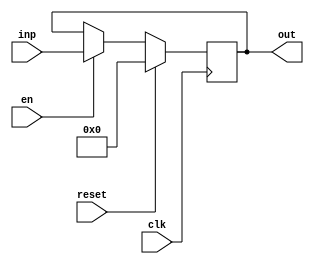
module registerNbits #(
    parameter N = 32
) (
    clk,
    reset,
    en,
    inp,
    out
);
  input clk, reset, en;
  output reg [N-1:0] out;
  input [N-1:0] inp;
  always @(posedge clk) begin
    if (reset) out = 0;
    else if (en) out = inp;
  end
endmodule

module controller #(
    parameter N = 32
) (
    input clk,
    input reset,
    input [N-1:0] inputQ_wire,
    input [N-1:0] inputM_wire,
    input Mbit,
    input Qbit,
    input input_plus,
    output reg [2*N-1:0] out
);

  parameter Na = 32;
  parameter idle = 3'b000;
  parameter init = 3'b001;
  parameter test = 3'b010;
  parameter add = 3'b011;
  parameter shift = 3'b100;

  reg lsb_reg;
  reg [2:0] state;
  reg [N-1:0] Acc;
  reg [N-1:0] add_output;
  reg c_output;
  reg [N-1:0] inputQ_reg;
  reg [N-1:0] inputM_reg;
  reg start;
  integer count;
  reg [2*N-1:0] out_inv;
  reg [2*N-1:0] out_inv22;
  reg c_out_inv;

  always @(posedge clk)
    if (reset) begin
      state = 3'b000;
      count = 0;
      start = 1'b1;
      Acc = 0;
      out = 0;
      add_output = 0;
      c_output = 0;
    end else
      case (state)
        idle: begin
          inputQ_reg = inputQ_wire;
          inputM_reg = inputM_wire;
          if (start) begin
            state = init;
          end else begin
            state = idle;
          end
        end
        init: begin
          if (count < Na) begin
            count   = count + 1;
            state   = test;
            lsb_reg = inputQ_reg[0];
          end else begin
            count = 0;
            state = idle;
            start = 1'b0;
            out_inv = ~{Acc, inputQ_reg};
            {c_out_inv, out_inv22} = out_inv + input_plus;
            out = (Mbit ^ Qbit) ? out_inv22 : {Acc, inputQ_reg};
          end
        end
        test: begin
          if (lsb_reg) begin
            state = add;
          end else state = shift;
        end
        add: begin
          state = shift;
          {c_output, add_output} = inputM_wire + Acc;
        end
        shift: begin
          inputQ_reg = (lsb_reg) ? {add_output[0], inputQ_reg[N-1:1]} : {Acc[0], inputQ_reg[N-1:1]};
          Acc = (lsb_reg) ? {c_output, add_output[N-1:1]} : {1'b0, Acc[N-1:1]};
          state = init;
        end
      endcase
endmodule


module multiplier #(
    parameter N = 32
) (
    input clk,
    input reset,
    input en,
    input [N-1:0] inputM,
    input [N-1:0] inputQ,
    input input_plus,
    output [2*N-1:0] out
);

  wire [N-1:0] inputM_wire;
  wire [N-1:0] inputQ_wire;
  wire [N-1:0] inputM_wire_out;
  wire [N-1:0] inputQ_wire_out;
  wire [N-1:0] inputM_inv;
  wire [N-1:0] inputQ_inv;
  wire [N-1:0] inputM_inv22;
  wire c_out_Minv;
  wire c_out_Qinv;
  wire [N-1:0] inputQ_inv22;
  wire [2*N-1:0] preout;

  assign inputM_inv = ~inputM;
  assign inputQ_inv = ~inputQ;
  assign inputM_inv22 = inputM_inv + input_plus;
  assign inputQ_inv22 = inputQ_inv + input_plus;


  assign {c_out_Minv, inputM_wire} = (inputM[N-1]) ? inputM_inv22 : inputM;
  assign {c_out_Qinv, inputQ_wire} = (inputQ[N-1]) ? inputQ_inv22 : inputQ;

  registerNbits #(32) reg1 (
      .clk(clk),
      .reset(reset),
      .en(en),
      .inp(inputM_wire),
      .out(inputM_wire_out)
  );

registerNbits #(32) reg2 (
      .clk(clk),
      .reset(reset),
      .en(en),
      .inp(inputQ_wire),
      .out(inputQ_wire_out)
  );
  
  controller controller (
      .clk(clk),
      .reset(reset),
      .inputQ_wire(inputQ_wire),
      .inputM_wire(inputM_wire),
      .Mbit(inputM[N-1]),
      .Qbit(inputQ[N-1]),
      .input_plus(input_plus),
      .out(preout)
  );

  registerNbits #(64) reg3 (
      .clk(clk),
      .reset(reset),
      .en(en),
      .inp(preout),
      .out(out)
  );

endmodule